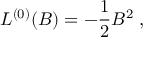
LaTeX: { \cal L } ^ { ( 0 ) } ( B ) = - { \frac { 1 } { 2 } } B ^ { 2 } \; ,